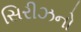
સિરીઝનો